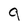
Character: 9